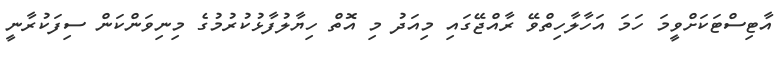
އާޓިސްޓަކަށްވީމަ ހަމަ އަހާލާހިތްވޭ ރާއްޖޭގައި މިއަދު މި އޮތް ހިޔާލުފާޅުކުރުމުގެ މިނިވަންކަން ސިފަކުރާނީ